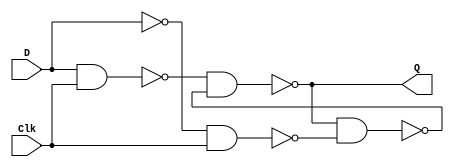

module part2(input D,Clk,output Q);
	wire R,S,S_g,R_g, Qa, Qb;
	assign S = D /*synthesis keep*/;
   assign R = ~D/*synthesis keep*/;
	assign Q = Qa;
	assign S_g = ~(S & Clk)/*synthesis keep*/;
	assign R_g = ~(R & Clk)/*synthesis keep*/;
	assign Qa = ~(S_g & Qb);
	assign Qb = ~(Qa & R_g);
endmodule

module part3(SW,LEDR);
	input [1:0] SW;
	output LEDR;
	wire Qm, Qa;
	part2 Master (.D(SW[0]),.Clk(~SW[1]),.Q(Qm));
	part2 Slave (.D(Qm),.Clk(SW[1]),.Q(Qa));
	assign LEDR = Qa;
endmodule